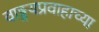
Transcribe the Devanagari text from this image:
वाङ्मयप्रवाहाच्या